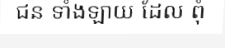
ជន ទាំងឡាយ ដែល ពុំ